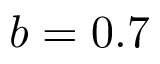
b = 0 . 7